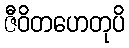
ဇီဝိတဟေတုပိ